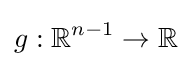
g:\mathbb {R} ^{n-1}\to \mathbb {R}